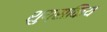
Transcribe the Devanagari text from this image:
शुय्सकिय